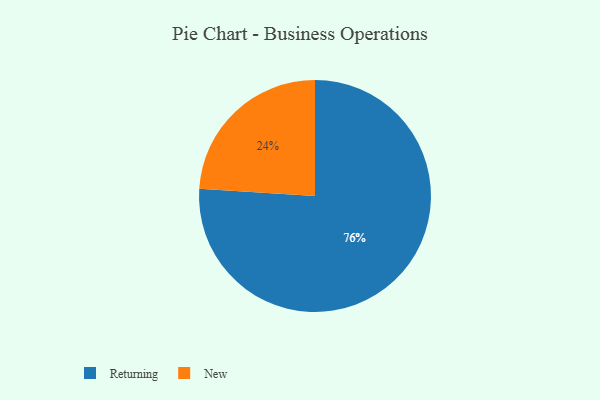
{"axis": {"x": "Category", "y": "Percentage"}, "legend": ["New", "Returning"], "data": [{"x": "New", "y": 24, "type": "New"}, {"x": "Returning", "y": 76, "type": "Returning"}]}